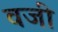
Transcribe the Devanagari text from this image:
वजी